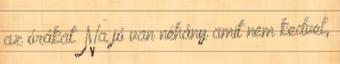
az órákat. Na jó van néhány amit nem kedvel,